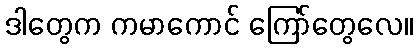
ဒါတွေက ကမာကောင် ကြော်တွေလေ။